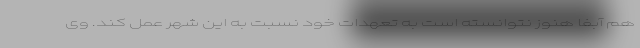
هم آبفا هنوز نتوانسته است به تعهدات خود نسبت به این شهر عمل کند. وی